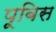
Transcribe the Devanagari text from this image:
पूबिस